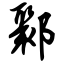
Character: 鄹